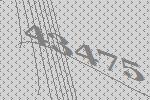
43475